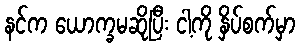
နင်က ယောက္ခမဆိုပြီး ငါ့ကို နှိပ်စက်မှာ